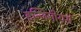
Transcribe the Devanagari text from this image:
इन्जिनीयर्स